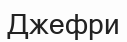
Джефри